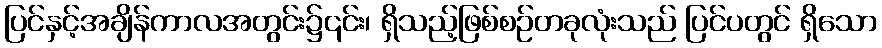
ပြင်နှင့်အချိန်ကာလအတွင်း၌၎င်း၊ ရှိသည့်ဖြစ်စဉ်တခုလုံးသည် ပြင်ပတွင် ရှိသော